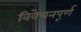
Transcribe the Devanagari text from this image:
विवेचनपूर्ण